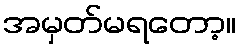
အမှတ်မရတော့။